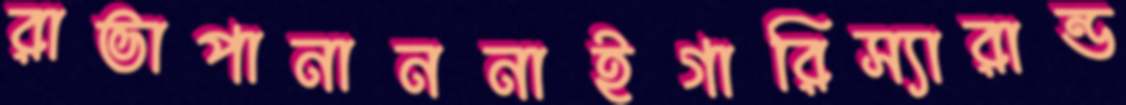
রাভাপানাননাইগারিস্যারান্ড